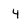
Character: 4